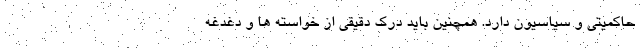
حاکمیتی و سیاسیون دارد. همچنین باید درک دقیقی از خواسته ها و دغدغه